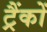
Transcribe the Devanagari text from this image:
ट्रैंकों